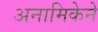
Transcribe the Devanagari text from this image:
अनामिकेने